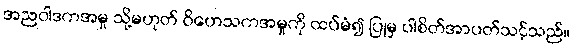
အညဝါဒကအမှု သို့မဟုတ် ဝိဟေသကအမှုကို ထပ်မံ၍ ပြုမှ ပါစိတ်အာပတ်သင့်သည်။